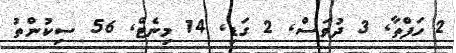
2 ހަފްތާ